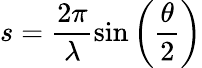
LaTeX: s=\frac{2\pi}{\lambda}\sin\left(\frac{\theta}{2}\right)